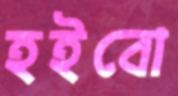
হইবো